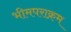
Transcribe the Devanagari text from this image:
भीमपराक्रम